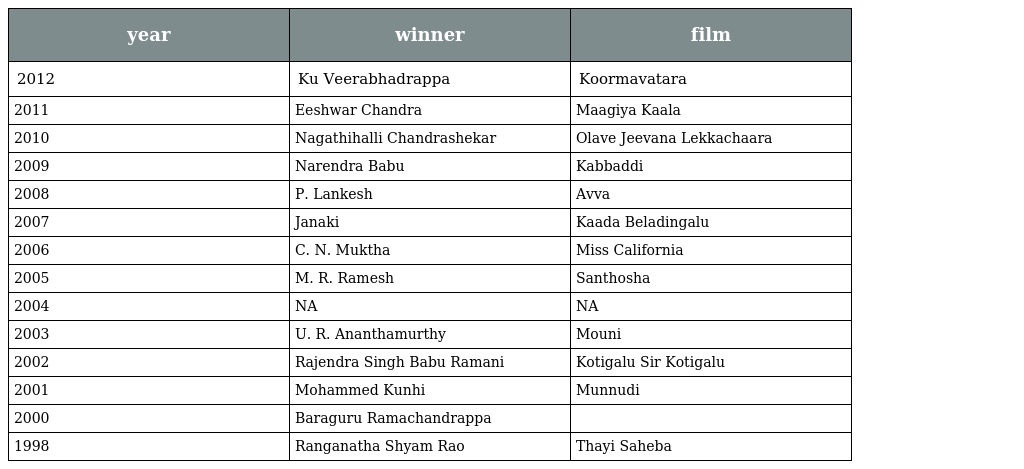
| year | winner | film |
 | --- | --- | --- |
 | 2012 | Ku Veerabhadrappa | Koormavatara |
 | 2011 | Eeshwar Chandra | Maagiya Kaala |
 | 2010 | Nagathihalli Chandrashekar | Olave Jeevana Lekkachaara |
 | 2009 | Narendra Babu | Kabbaddi |
 | 2008 | P. Lankesh | Avva |
 | 2007 | Janaki | Kaada Beladingalu |
 | 2006 | C. N. Muktha | Miss California |
 | 2005 | M. R. Ramesh | Santhosha |
 | 2004 | NA | NA |
 | 2003 | U. R. Ananthamurthy | Mouni |
 | 2002 | Rajendra Singh Babu Ramani | Kotigalu Sir Kotigalu |
 | 2001 | Mohammed Kunhi | Munnudi |
 | 2000 | Baraguru Ramachandrappa |  |
 | 1998 | Ranganatha Shyam Rao | Thayi Saheba |